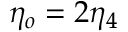
\eta _ { o } = 2 \eta _ { 4 }